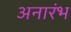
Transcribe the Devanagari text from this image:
अनारंभ